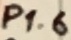
Text: P1.6